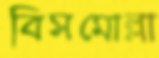
বিসমোল্লা